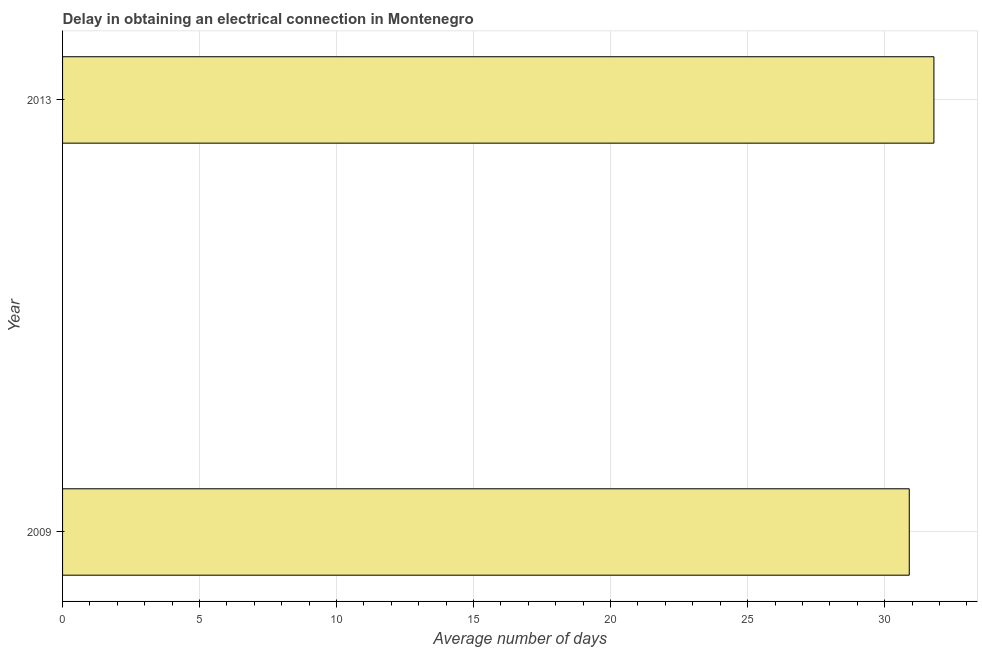
| Year | Dalay in Electrical connection |
 | --- | --- |
 | 2009 | 30.9 |
 | 2013 | 31.8 |